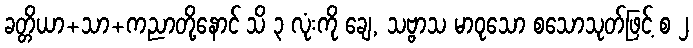
ခတ္တိယာ+သာ+ကညာတို့နောင် သိ ၃ လုံးကို ချေ, သဗ္ဗာသ မာဝုသော စသောသုတ်ဖြင့် စ ၂